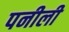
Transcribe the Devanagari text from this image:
पनीली